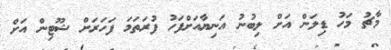
މާޗު މަހު ޑިލަން އަށް ލިބުނު އަނިޔާއަށްފަހު ފުރަތަމަ ފަހަރަށް ޝޫޓިން އަށް